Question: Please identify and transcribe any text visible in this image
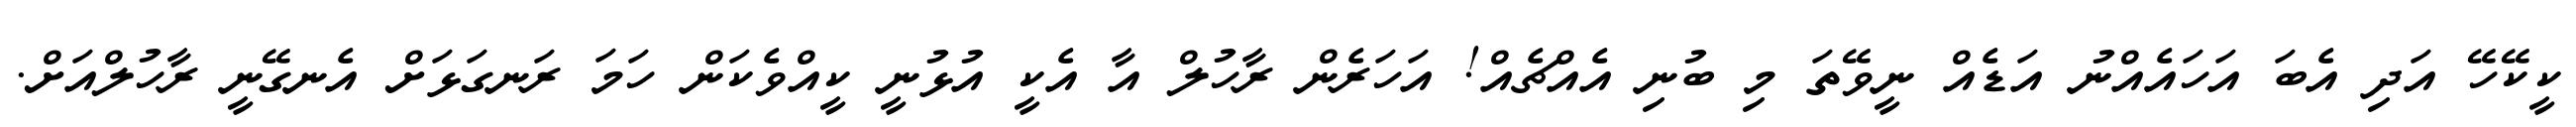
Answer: ކީކޭހޭ އަދި އެބަ އަހައެއްނު އަޑެއް ނީވޭތަ މި ބުނި އެއްޗެއް! އަހަރެން ރާހުލް އާ އެކީ އުޅުނީ ކީއްވެކަން ހަމަ ރަނގަޅަށް އެނގޭނީ ރާހުލްއަށް.